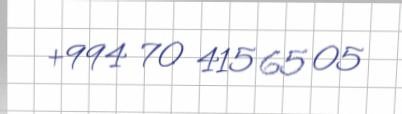
+994 70 415 65 05